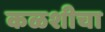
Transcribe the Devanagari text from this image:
कळशीचा